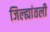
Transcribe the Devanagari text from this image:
जिल्ह्यांतली